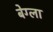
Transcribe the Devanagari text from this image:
बेग्ला